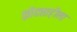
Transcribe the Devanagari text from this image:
झोंडशाहीला